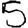
Digit: 5